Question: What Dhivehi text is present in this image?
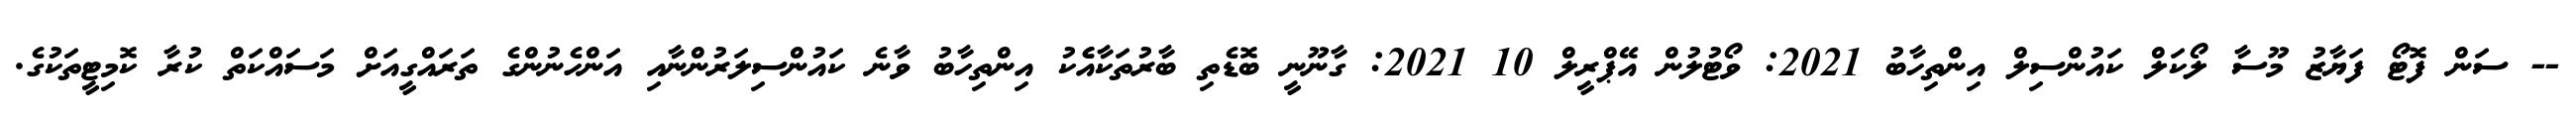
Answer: -- ސަން ފޮޓޯ ފަޔާޒު މޫސާ ލޯކަލް ކައުންސިލް އިންތިހާބު 2021: ވޯޓުލުން އޭޕްރީލް 10 2021: ގާނޫނީ ބޮޑެތި ބާރުތަކާއެެކު އިންތިހާބު ވާނެ ކައުންސިލަރުންނާއި އަންހެނުންގެ ތަރައްގީއަށް މަސައްކަތް ކުރާ ކޮމިޓީތަކުގެ.